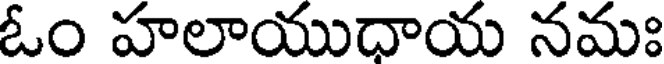
ఓం హలాయుధాయ నమః